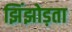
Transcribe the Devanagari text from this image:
झिंझोड़ता